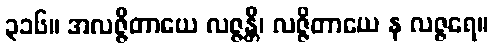
၃၁၆။ အလဇ္ဇိတာယေ လဇ္ဇန္တိ၊ လဇ္ဇိတာယေ န လဇ္ဇရေ။